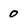
Character: O